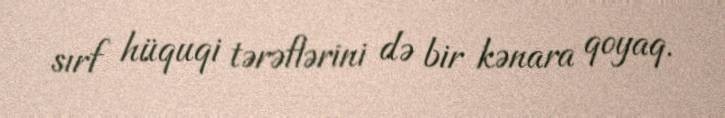
sırf hüquqi tərəflərini də bir kənara qoyaq.